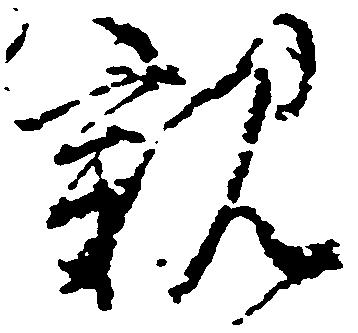
親